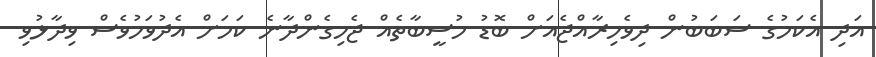
އަދި އެކަމުގެ ސަބަބުން ދިވެހިރާއްޖެއަށް ބޮޑު މުސީބާތެއް ޖެހިގެންދާނެ ކަމަށް އެދުވަހުވެސް ވިދާޅުވި